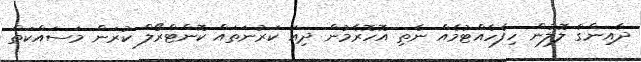
ދާއިންގެ ލޮލުން ހިފެހެއްޓުމެއް ނެތި އޮހޮރެމުން ދިއަ ކަރުނަތައް ކޮންޓްރޯލް ކުރަން މަސައްކަތް